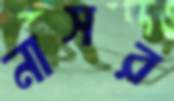
নাসর